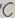
Text: C